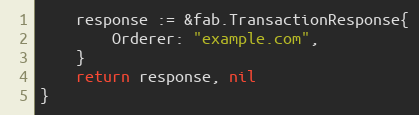
Language: Go
	response := &fab.TransactionResponse{
		Orderer: "example.com",
	}
	return response, nil
}